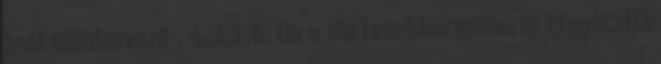
kell alkalmazni . 4.3.2.6. Ha a tûzjelzõ berendezés kiegészítõ